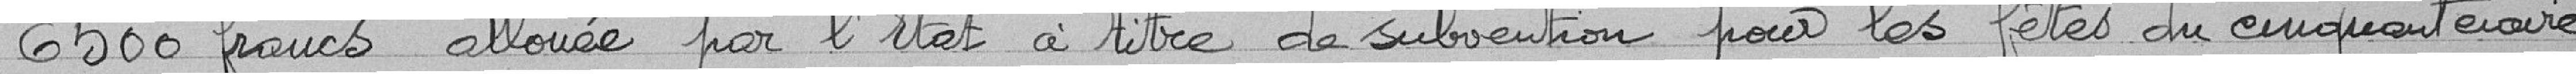
6500 francs allouées par l'Etat à titre de subvention pour les fêtes du cinquantenaire